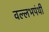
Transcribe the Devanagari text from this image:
वल्लभपंथी